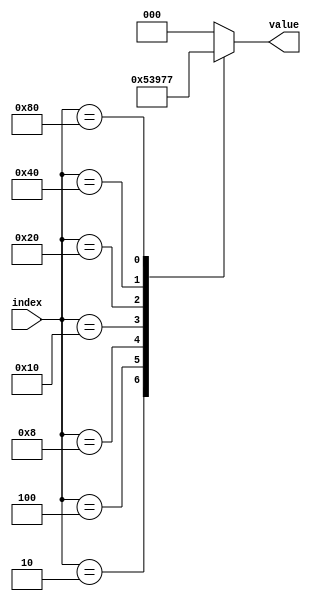
`timescale 1ns / 1ps
//////////////////////////////////////////////////////////////////////////////////
// Company: None
// 
// Design Name: RankFitter
// Module Name: Encoder
// Project Name: Image processing project
// Target Devices: 
// Tool Versions: 
// Description: 
// 
// Dependencies: 
// 
// Revision:
// Revision 0.01 - File Created
// Additional Comments:
// 
//////////////////////////////////////////////////////////////////////////////////


module Encoder(index, value);
	parameter full_win_bits = 3;
	input[2 ** full_win_bits - 1 : 0] index;
	output[full_win_bits - 1 : 0] value;
	reg[full_win_bits - 1 : 0] reg_value;
	assign value = reg_value;
	generate
		case(full_win_bits)
			0 : 
				always@(*) begin
					case(index)
						default: reg_value <= 0;
					endcase
				end
			1 : 
				always@(*) begin
					case(index)
						1 : reg_value <= 0;
						default: reg_value <= 0;
					endcase
				end
			2 : 
				always@(*) begin
					case(index)
						1 : reg_value <= 0;
						2 : reg_value <= 1;
						4 : reg_value <= 2;
						8 : reg_value <= 3;
						default: reg_value <= 0;
					endcase
				end
			3 : 
				always@(*) begin
					case(index)
						1 : reg_value <= 0;
						2 : reg_value <= 1;
						4 : reg_value <= 2;
						8 : reg_value <= 3;
						16 : reg_value <= 4;
						32 : reg_value <= 5;
						64 : reg_value <= 6;
						128 : reg_value <= 7;
						256 : reg_value <= 8;
						default: reg_value <= 0;
					endcase
				end
			4 : 
				always@(*) begin
					case(index)
						1 : reg_value <= 0;
						2 : reg_value <= 1;
						4 : reg_value <= 2;
						8 : reg_value <= 3;
						16 : reg_value <= 4;
						32 : reg_value <= 5;
						64 : reg_value <= 6;
						128 : reg_value <= 7;
						256 : reg_value <= 8;
						512 : reg_value <= 9;
						1024 : reg_value <= 10;
						2048 : reg_value <= 11;
						4096 : reg_value <= 12;
						8192 : reg_value <= 13;
						16384 : reg_value <= 14;
						32768 : reg_value <= 15;
						default: reg_value <= 0;
					endcase
				end
			default : ;
		endcase
	endgenerate
endmodule